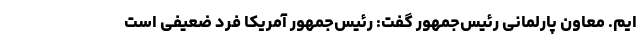
ایم. معاون پارلمانی رئیس‌جمهور گفت: رئیس‌جمهور آمریکا فرد ضعیفی است